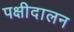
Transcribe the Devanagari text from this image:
पक्षीदालन